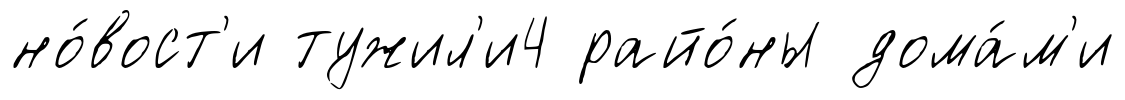
но́вост'и тужил'и4 райо́ны дома́м'и